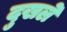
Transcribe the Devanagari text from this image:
दुखले